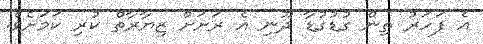
އެ ފަހަރު ތިން ގުޑުގުޑާ ދޫނި އެ ރަށަށް ޒިޔާރާތް ކުރި ކަމަށެވެ.